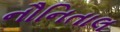
નૌનિતાલ